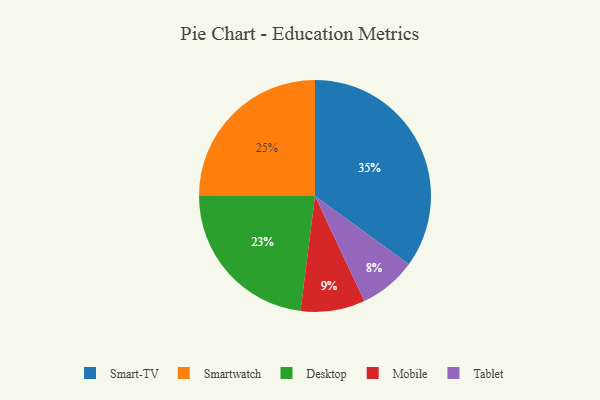
{"axis": {"x": "Category", "y": "Percentage"}, "legend": ["Desktop", "Mobile", "Smart-TV", "Smartwatch", "Tablet"], "data": [{"x": "Smartwatch", "y": 25, "type": "Smartwatch"}, {"x": "Mobile", "y": 9, "type": "Mobile"}, {"x": "Desktop", "y": 23, "type": "Desktop"}, {"x": "Tablet", "y": 8, "type": "Tablet"}, {"x": "Smart-TV", "y": 35, "type": "Smart-TV"}]}